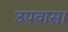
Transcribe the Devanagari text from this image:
उपवास।